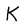
Character: k